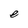
Character: e